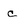
Character: c